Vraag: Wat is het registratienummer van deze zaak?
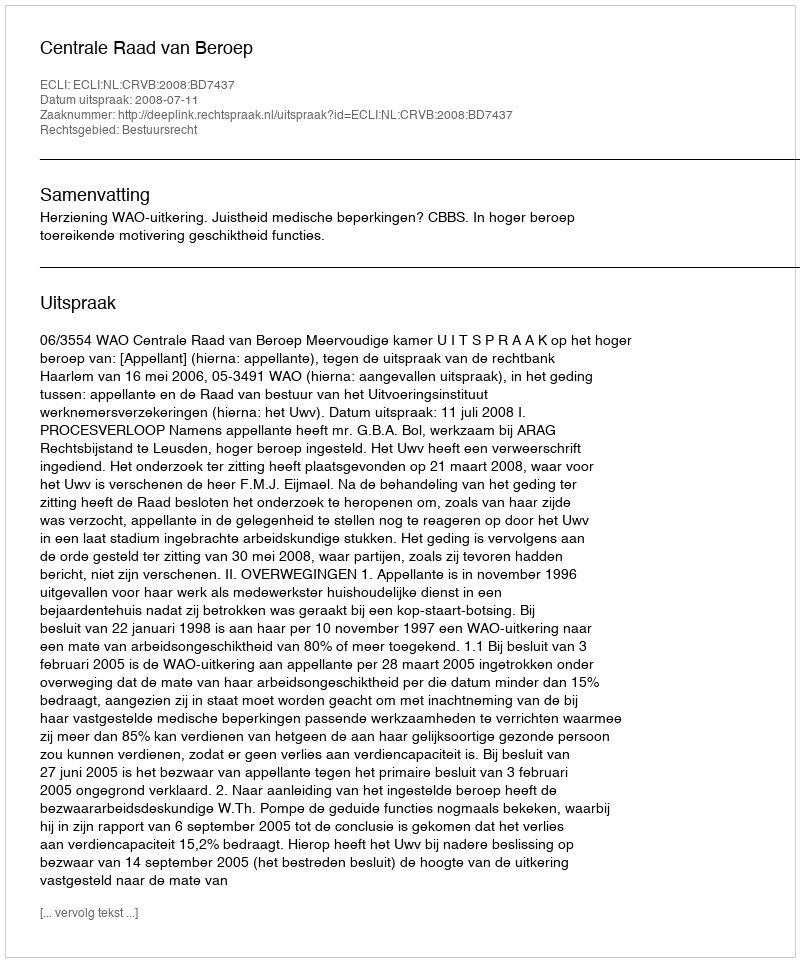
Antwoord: http://deeplink.rechtspraak.nl/uitspraak?id=ECLI:NL:CRVB:2008:BD7437